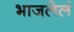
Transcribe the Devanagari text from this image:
भाजलेलं